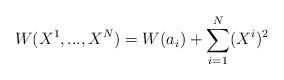
LaTeX: \begin{align*}W(X^{1},...,X^{N})=W(a_i)+\sum_{i=1}^{N}(X^{i})^{2}\end{align*}